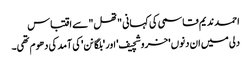
احمد ندیم قاسمی کی کہانی "تھل" سے اقتباس
دلی میں ان دنوں 'خروشچیف' اور 'بلگانن' کی آمد کی دھوم تھی۔